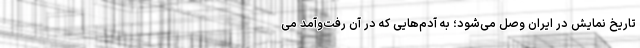
تاریخ نمایش در ایران وصل می‌شود؛ به آدم‌هایی که در آن رفت‌وآمد می